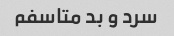
سرد و بد متاسفم